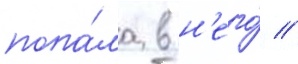
попа́ла в н'его́ //